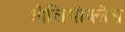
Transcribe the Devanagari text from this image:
औलिगोक्लेस